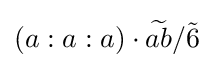
\left(a:a:a\right)\cdot {\widetilde {ab}}/{\tilde {6}}